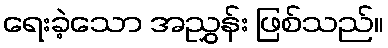
ရေးခဲ့သော အညွှန်း ဖြစ်သည်။